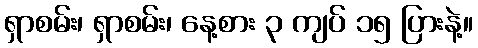
ရှာစမ်း၊ ရှာစမ်း၊ နေ့စား ၃ ကျပ် ၁၅ ပြားနဲ့။